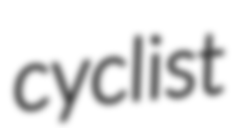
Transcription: cyclist